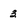
Character: 3